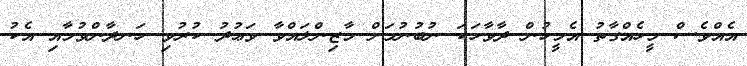
އެއްވެސް މީހެއްގާތު އެމީހުން ދާވާހަކަ ނުބުނުމަށް މާޒިންލައްވާ ވަޢުދު ކުރުވި ހަނދާންވުމާއި އެކު